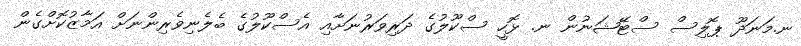
ނ.މަނަދޫ ޕޮލިސް ސްޓޭޝަނުން ނ. ޅޮހީ ސްކޫލުގެ ދަރިވަރުނަށާއި އެސްކޫލުގެ ބެލެނިވެރިންނަށް އަމާޒުކޮށްގެން